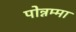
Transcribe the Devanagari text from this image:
पोन्नम्मा